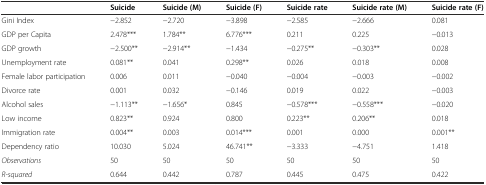
<table><thead><tr><td></td><td><b>Suicide</b></td><td><b>Suicide (M)</b></td><td><b>Suicide (F)</b></td><td><b>Suicide rate</b></td><td><b>Suicide rate (M)</b></td><td><b>Suicide rate (F)</b></td></tr></thead><tbody><tr><td>Gini Index</td><td>−2.852</td><td>−2.720</td><td>−3.898</td><td>−2.585</td><td>−2.666</td><td>0.081</td></tr><tr><td>GDP per Capita</td><td>2.478***</td><td>1.784**</td><td>6.776***</td><td>0.211</td><td>0.225</td><td>−0.013</td></tr><tr><td>GDP growth</td><td>−2.500**</td><td>−2.914**</td><td>−1.434</td><td>−0.275**</td><td>−0.303**</td><td>0.028</td></tr><tr><td>Unemployment rate</td><td>0.081**</td><td>0.041</td><td>0.298**</td><td>0.026</td><td>0.018</td><td>0.008</td></tr><tr><td>Female labor participation</td><td>0.006</td><td>0.011</td><td>−0.040</td><td>−0.004</td><td>−0.003</td><td>−0.002</td></tr><tr><td>Divorce rate</td><td>0.001</td><td>0.032</td><td>−0.146</td><td>0.019</td><td>0.022</td><td>−0.003</td></tr><tr><td>Alcohol sales</td><td>−1.113**</td><td>−1.656*</td><td>0.845</td><td>−0.578***</td><td>−0.558***</td><td>−0.020</td></tr><tr><td>Low income</td><td>0.823**</td><td>0.924</td><td>0.800</td><td>0.223**</td><td>0.206**</td><td>0.018</td></tr><tr><td>Immigration rate</td><td>0.004**</td><td>0.003</td><td>0.014***</td><td>0.001</td><td>0.000</td><td>0.001**</td></tr><tr><td>Dependency ratio</td><td>10.030</td><td>5.024</td><td>46.741**</td><td>−3.333</td><td>−4.751</td><td>1.418</td></tr><tr><td><i>Observations</i></td><td>50</td><td>50</td><td>50</td><td>50</td><td>50</td><td>50</td></tr><tr><td><i>R-squared</i></td><td>0.644</td><td>0.442</td><td>0.787</td><td>0.445</td><td>0.475</td><td>0.422</td></tr></tbody></table>